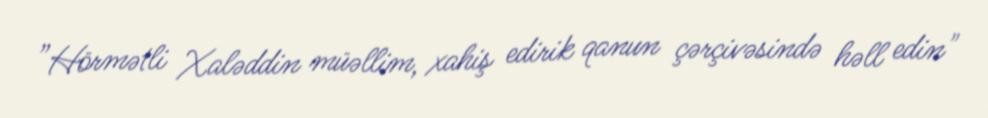
”Hörmətli Xaləddin müəllim, xahiş edirik qanun çərçivəsində həll edin"